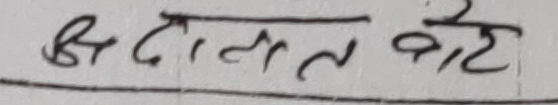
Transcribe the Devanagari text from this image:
अदालत बाहेक